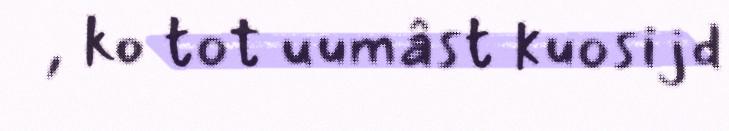
, ko tot uumâst kuosijd